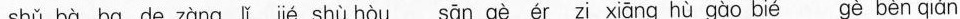
shǔ bà ba de zàng lǐ jié shù hòu sān gè ér zi xiāng hù gào bié gè bèn qián